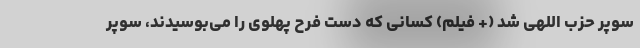
سوپر حزب اللهی شد (+ فیلم) کسانی که دست فرح پهلوی را می‌بوسیدند، سوپر